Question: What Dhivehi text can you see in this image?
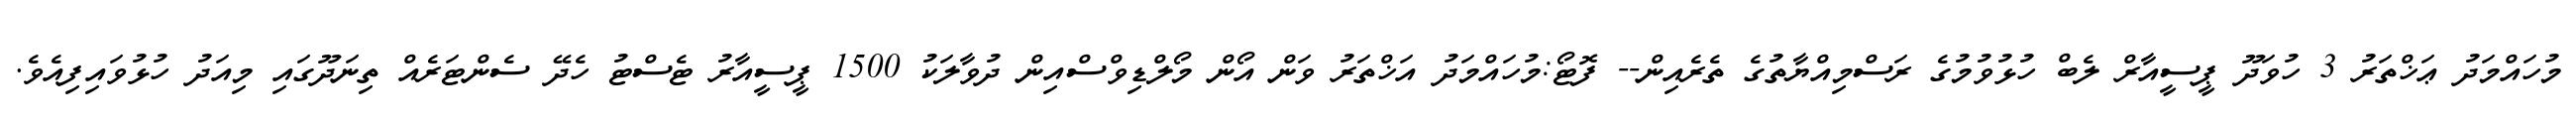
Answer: މުހައްމަދު ޢަޚްތަރު 3 ހުވަދޫ ޕީސީއާރް ލެބް ހުޅުވުމުގެ ރަސްމިއްޔާތުގެ ތެރެއިން-- ފޮޓޯ:މުހައްމަދު އަޚްތަރު ވަން އޯން މޯލްޑިވްސްއިން ދުވާލަކު 1500 ޕީސީއާރު ޓެސްޓު ހެދޭ ސެންޓަރެއް ތިނަދޫގައި މިއަދު ހުޅުވައިފިއެވެ.